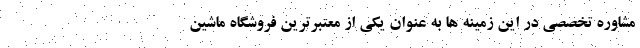
مشاوره تخصصی در این زمینه ها به عنوان یکی از معتبرترین فروشگاه ماشین